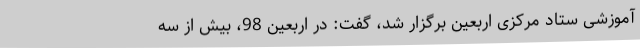
آموزشی ستاد مرکزی اربعین برگزار شد، گفت: در اربعین 98، بیش از سه